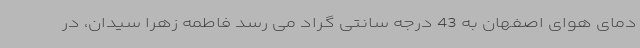
دمای هوای اصفهان به 43 درجه سانتی گراد می رسد فاطمه زهرا سیدان، در